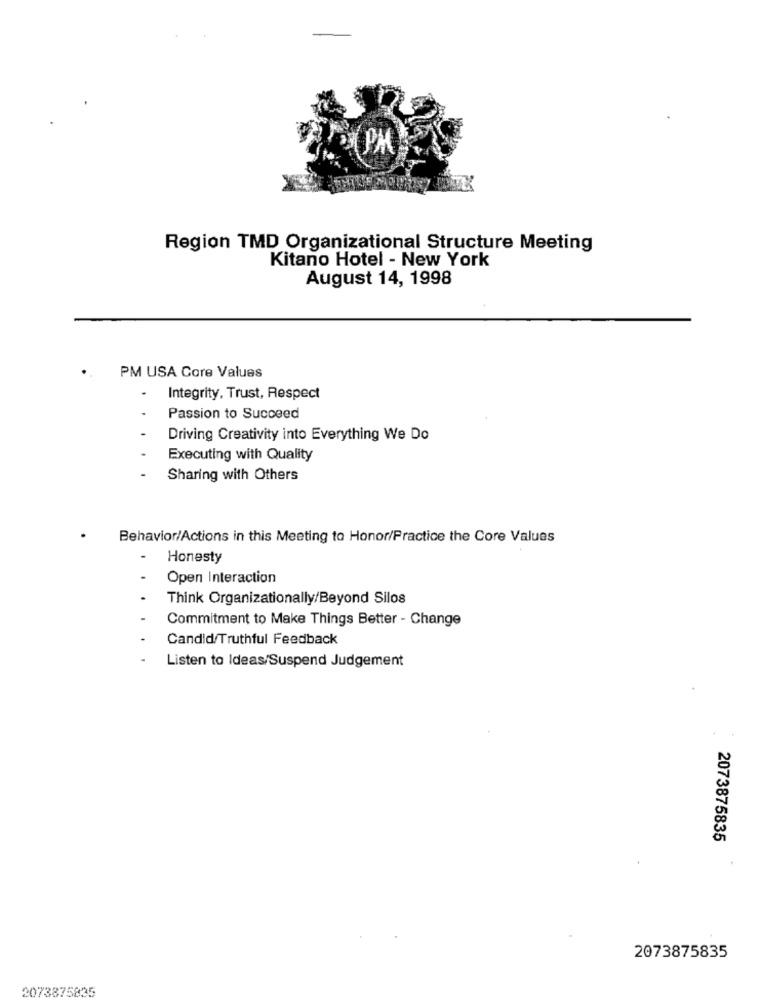
IPM
Region TMD Organizational Structure Meeting
Kitano Hotel - New York
August 14, 1998
PM USA Core Values
Integrity, Trust, Respect
Passion to Succeed
Driving Creativity into Everything We Do
Executing with Quality
Sharing with Others
Behavior/Actions in this Meeting to Honor/Practice the Core Values
Honesty
Open Interaction
Think Organizationally/Beyond Silos
Commitment to Make Things Better - Change
Candid/Truthful Feedback
Listen to Ideas/Suspend Judgement
2073875835
2073875835
2073875835